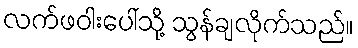
လက်ဖဝါးပေါ်သို့ သွန်ချလိုက်သည်။